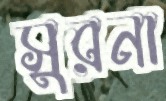
সুরনা